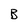
Character: B